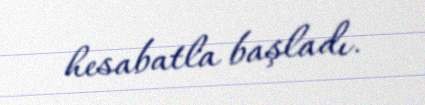
hesabatla başladı.